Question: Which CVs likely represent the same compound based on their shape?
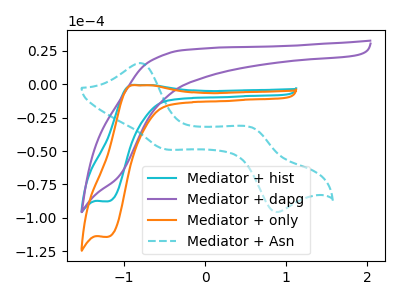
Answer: <think>The cyan curve "Mediator + hist" has an anodic peak at (-0.85V, -0.65uA) and a cathodic peak at (-1.20V, -87.70uA). The purple curve "Mediator + dapg" has no peaks. The orange curve "Mediator + only" has an anodic peak at (-0.85V, -0.85uA) and a cathodic peak at (-1.20V, -114.20uA). The cyan dashed curve "Mediator + Asn" has anodic peaks at (-0.80V, 15.75uA) (0.60V, -33.00uA) and cathodic peaks at (-0.55V, -48.20uA) (0.85V, -95.15uA).
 "Mediator + hist" and "Mediator + dapg" have a different number of peaks. All the peaks in "Mediator + hist" have a peak in "Mediator + only" at the same potential. "Mediator + hist" and "Mediator + Asn" have a different number of peaks. "Mediator + dapg" and "Mediator + only" have a different number of peaks. "Mediator + dapg" and "Mediator + Asn" have a different number of peaks. "Mediator + only" and "Mediator + Asn" have a different number of peaks.</think>
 <answer>"Mediator + hist" and "Mediator + only" have the same shape and are likely CV's of the same chemical.</answer>
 <eval>"Mediator + hist" "Mediator + only"</eval>